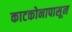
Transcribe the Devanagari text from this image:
काटकोनापासून